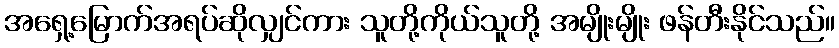
အရှေ့မြောက်အရပ်ဆိုလျှင်ကား သူတို့ကိုယ်သူတို့ အမျိုးမျိုး ဖန်တီးနိုင်သည်။